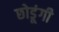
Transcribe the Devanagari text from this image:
छोडूंगी